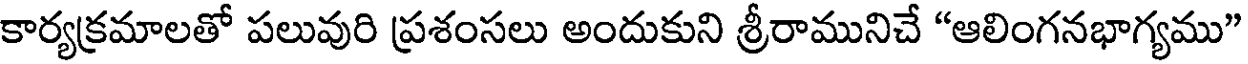
కార్యక్రమాలతో పలువురి ప్రశంసలు అందుకుని శ్రీరామునిచే "ఆలింగనభాగ్యము"